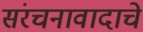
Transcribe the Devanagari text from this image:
संरचनावादाचे